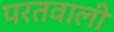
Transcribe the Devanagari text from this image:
परतवाली